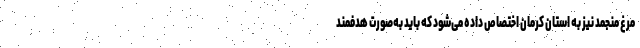
مرغ منجمد نیز به استان کرمان اختصاص داده می‌شود که باید به‌صورت هدفمند